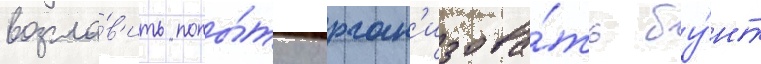
возгла́в'ить попы́тку орган'изова́ть бу́нт